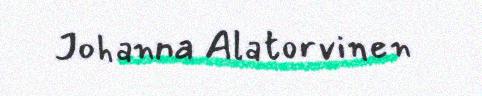
Johanna Alatorvinen